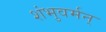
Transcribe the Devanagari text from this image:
शंभुवर्मन्